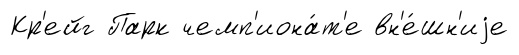
Кр'ейг Парк чемп'иона́т'е вн'е́шн'иjе